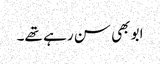
ابو بھی سن رہے تھے۔